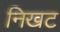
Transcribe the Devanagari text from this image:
निखट